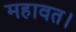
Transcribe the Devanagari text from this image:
महावत।